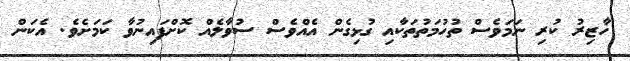
ހާޒިރު ކުރި ނަމަވެސް ތުހުމަތުތަކާއި ގުޅިގެން އެއްވެސް ސުވާލެއް ކޮށްފައިނުވާ ކަމަށެވެ. އެކަން